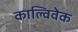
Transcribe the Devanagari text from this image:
काल्विवेक